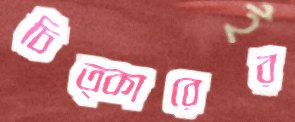
চিত্কারের